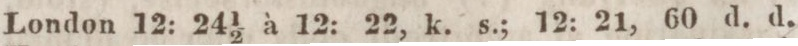
London 12: 24 1/2 à 12: 22, k. s.; 12: 21, 60 d. d.